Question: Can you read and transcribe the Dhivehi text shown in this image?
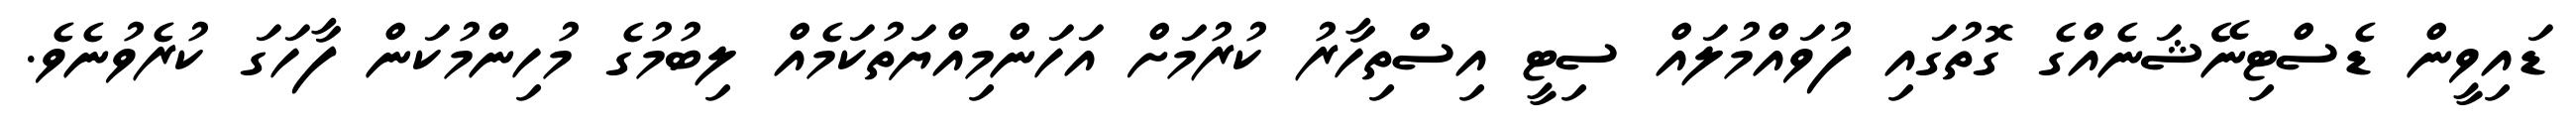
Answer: ޑައިވީން ޑެސްޓިނޭޝަނެއްގެ ގޮތުގައި ފުވައްމުލައް ސިޓީ އިސްތިހާރު ކުރުމަށް އަހަންމިއްޔަތުކަމެއް ލިބުމުގެ މުހިންމުކަން ފާހަގަ ކުރެވުނެވެ.